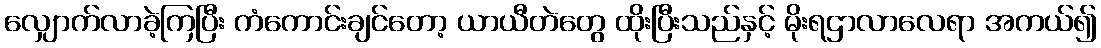
လျှောက်လာခဲ့ကြပြီး ကံကောင်းချင်တော့ ယာယီတဲတွေ ထိုးပြီးသည်နှင့် မိုးရဌာလာလေရာ အကယ်၍